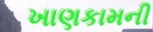
ખાણકામની